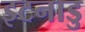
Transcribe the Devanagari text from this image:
इटनाडु